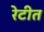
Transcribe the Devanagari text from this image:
रेटीत